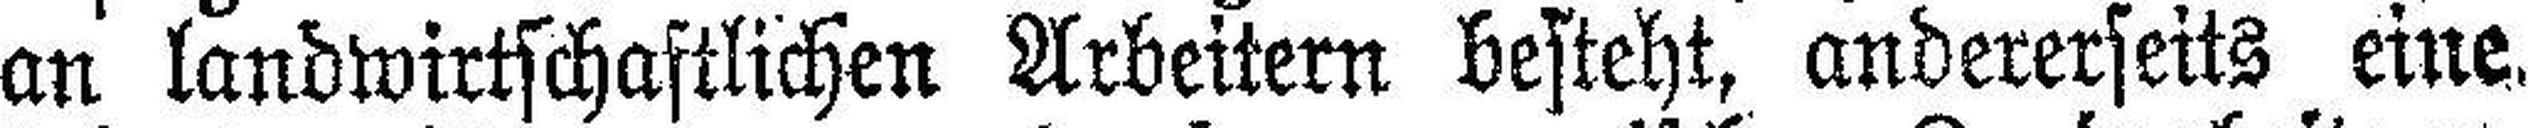
an landwirtschaftlichen Arbeitern besteht, andererseits eine